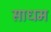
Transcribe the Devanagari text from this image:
साधम